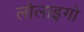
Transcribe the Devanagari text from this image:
लोलाइगो